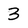
Character: 3